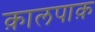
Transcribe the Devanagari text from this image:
क़ालपाक़